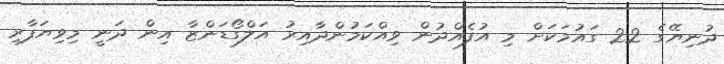
ދުނިޔޭގެ 22 ގައުމަކަށް މި އުފެއްދުން ވިއްކަމުންދާއިރު އަލްގޯޑަންޒާ އިން ދަނީ މިވިޔަފާރި